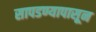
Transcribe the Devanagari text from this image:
सापडण्यापासून